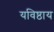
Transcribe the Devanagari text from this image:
यविष्ठाय